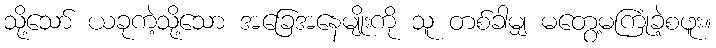
သို့သော် ယခုကဲ့သို့သော အခြေအနေမျိုးကို သူ တစ်ခါမျှ မတွေ့မကြုံခဲ့စဖူး။